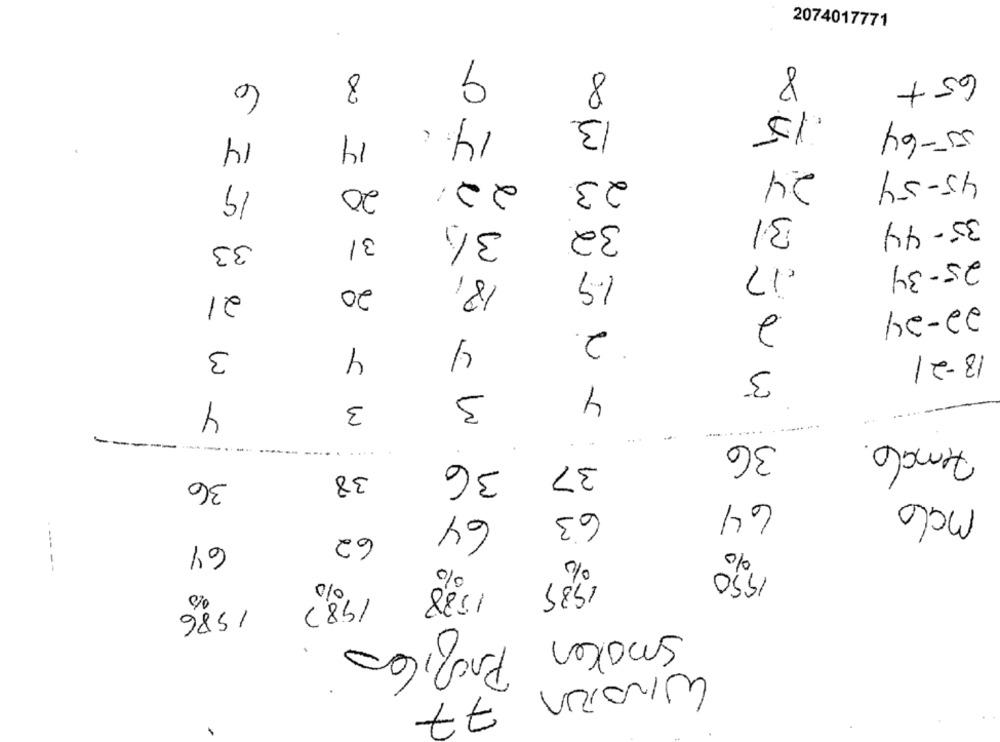
2074017771
9
8
8
6
8
65+
13.
15
14.
55-64
14
14
24
45-54
22.
23.
19
20
31
32
35-44
31
31
33
25-34
1.9
18,
20
21
-
22-24
2
2.
4
3
4
18-21
3
3
4
4
3
-------
36
36
37
38
36
64
malo
64
63
62
64
%
%
%
1950
---- --
%
1985
1988
198.7
1986
Profic
Smaker
WinoTen 77